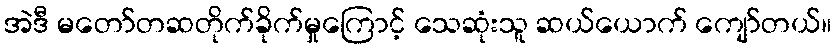
အဲဒီ မတော်တဆတိုက်ခိုက်မှုကြောင့် သေဆုံးသူ ဆယ်ယောက် ကျော်တယ်။